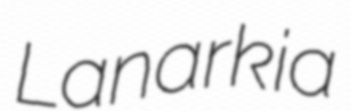
Lanarkia